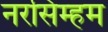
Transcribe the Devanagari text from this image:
नरसिम्हम